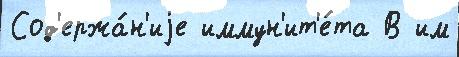
Сод'ержа́н'иjе иммун'ит'е́та В им